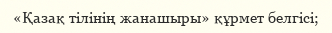
«Қазақ тілінің жанашыры» құрмет белгісі;